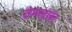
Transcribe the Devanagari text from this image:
चेम्प्लास्ट